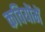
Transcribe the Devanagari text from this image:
कवियोंमें